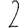
Digit: 2